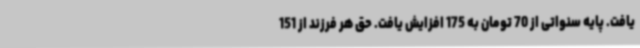
یافت. پایه سنواتی از 70 تومان به 175 افزایش یافت. حق هر فرزند از 151